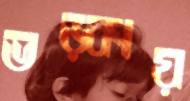
ভড়্‌কায়